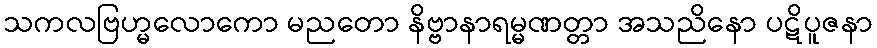
သကလဗြဟ္မလောကော မညတော နိဗ္ဗာနာရမ္မဏတ္တာ အသညိနော ပဋိပူဇနာ